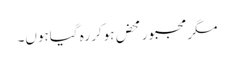
مگر مجبور محض ہوکر رہ گیاہوں۔